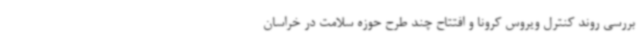
بررسی روند کنترل ویروس کرونا و افتتاح چند طرح حوزه سلامت در خراسان